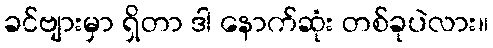
ခင်ဗျားမှာ ရှိတာ ဒါ နောက်ဆုံး တစ်ခုပဲလား။